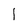
Character: I